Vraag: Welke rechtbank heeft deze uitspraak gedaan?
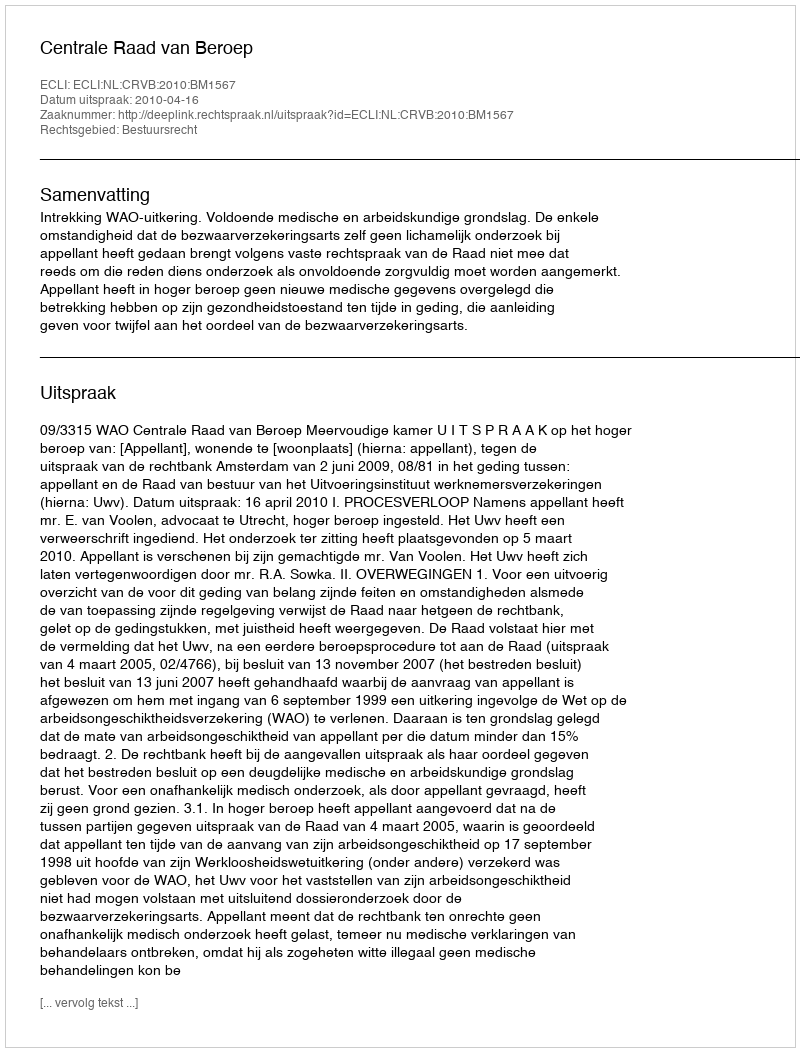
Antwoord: Centrale Raad van Beroep